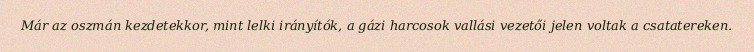
Már az oszmán kezdetekkor, mint lelki irányítók, a gázi harcosok vallási vezetői jelen voltak a csatatereken.